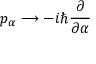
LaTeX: p _ { \alpha } \longrightarrow - i \hbar { \frac { \partial } { \partial \alpha } }